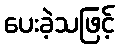
ပေးခဲ့သဖြင့်